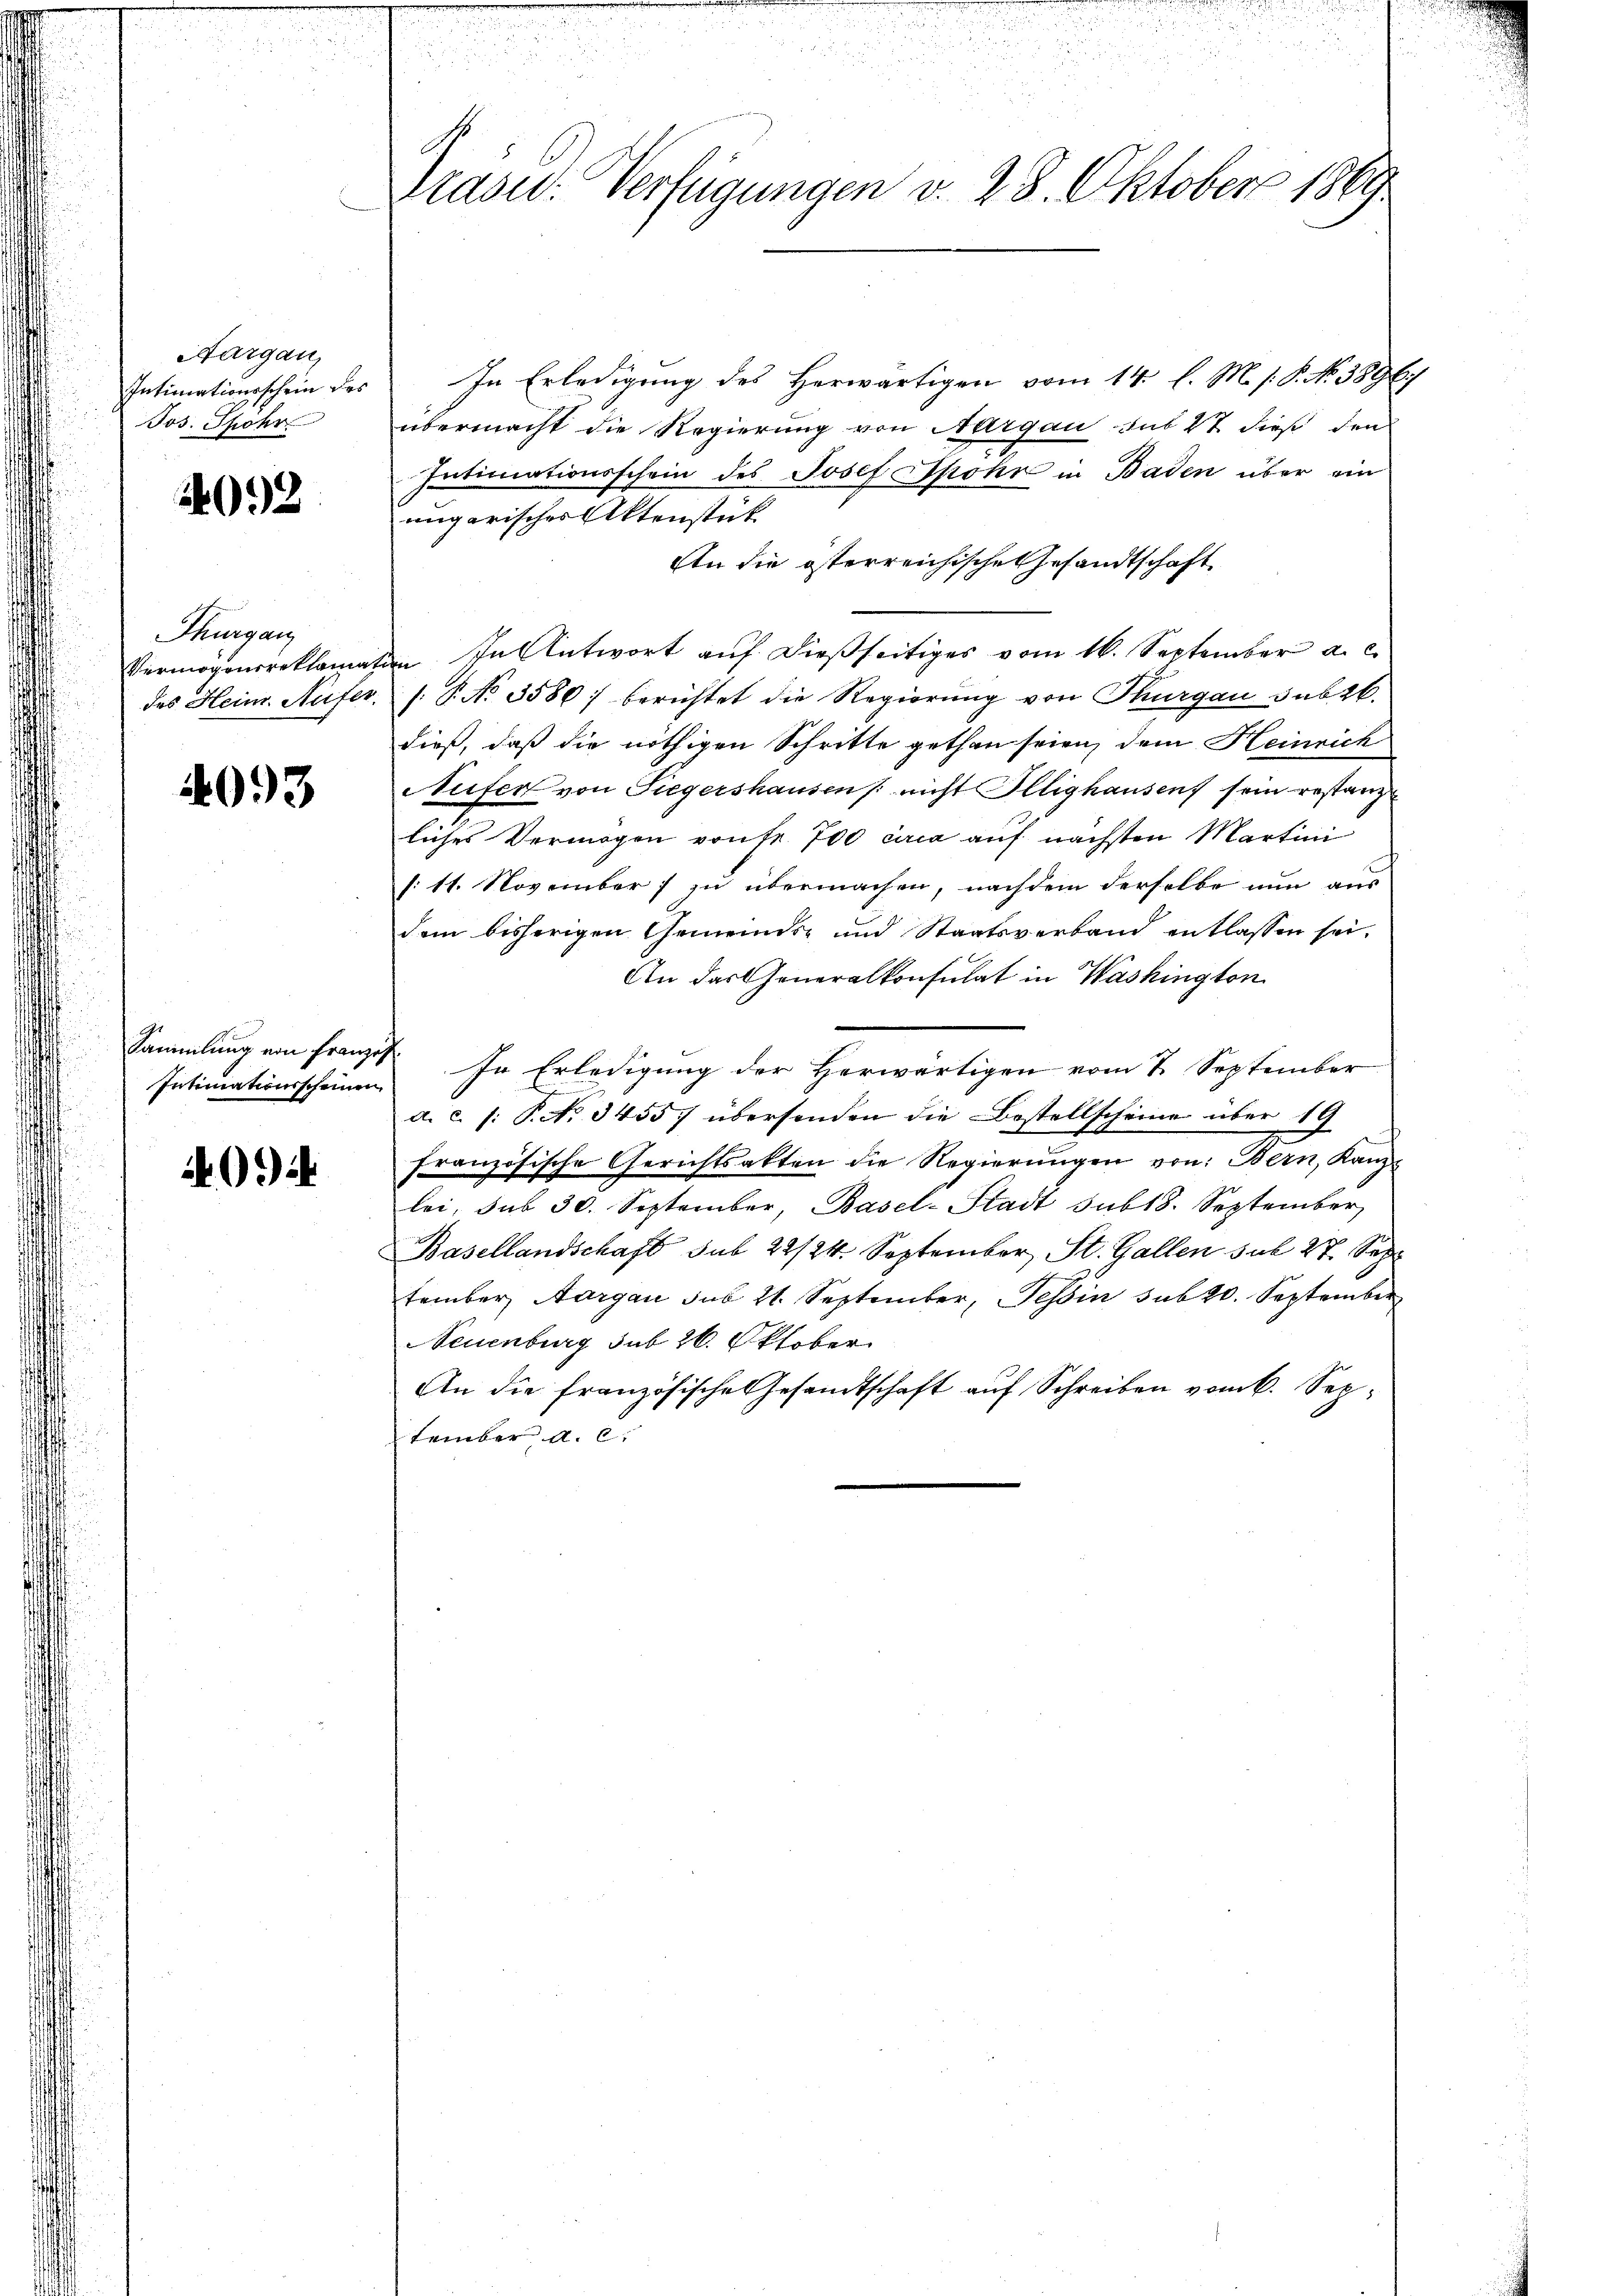
Aargau,
Jos. Spohr

4092

Thurgan

4093

Intimationsscheinen

40.

u
Präser. Verfügungen v. 28. Oktober 1869

Intimationsschein des In Erledigung des Herwärtigen vom 14. l. M. s. S. No. 38967
übermacht die Regierung von Aargau sub 27 dieß den
Intimationsschein des Josef Spohr in Baden über ein
ungarisches Aktenstück
An die österreichische Gesandtschaft
Vermögensreklamation. In Antwort aŭf dießseitiges vom 16. September a. c.
des Heim. Aufer /: P. No 3580) berichtet die Regierung von Thurgau sub 26.
dieß, daß die nöthigen Schritte gethan seien, dem Heinrich
Nufer von Siegershausen nicht Illighausen sein restanz
liches Vermögen von Fr. 700 circa auf nächsten Martini
/: 11. November zu übermachen, nachdem derselbe nun aus
dem bisherigen Gemeinds- und Staatsverband entlassen sei,
An das Generalkonsulat in Washington
ammlung von Franz. In Erledigung der Herwärtigen vom 7. September
a. c. /: P. No. 34557 übersenden die Bestellscheine über 19
französische Gerichtsakten die Regierŭngen von Bern, Kanz-
lei, sub 30. September, Basel-Stadt sub 18. September
Basellandschaft sub 22/24. September, St. Gallen sub 27. Sep
tember Aargau sub 21. September, Tessin sub 20. September
Neuenburg sub 26. Oktober
An die französische Gesandtschaft auf Schreiben vom 6. September a. c.